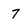
Character: 7